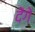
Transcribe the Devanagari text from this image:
देेंगे